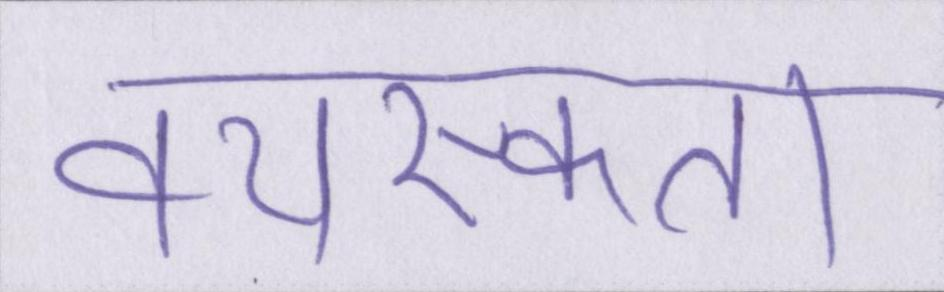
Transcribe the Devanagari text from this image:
वयस्कता